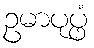
ဥမာပုပ္ဖံ